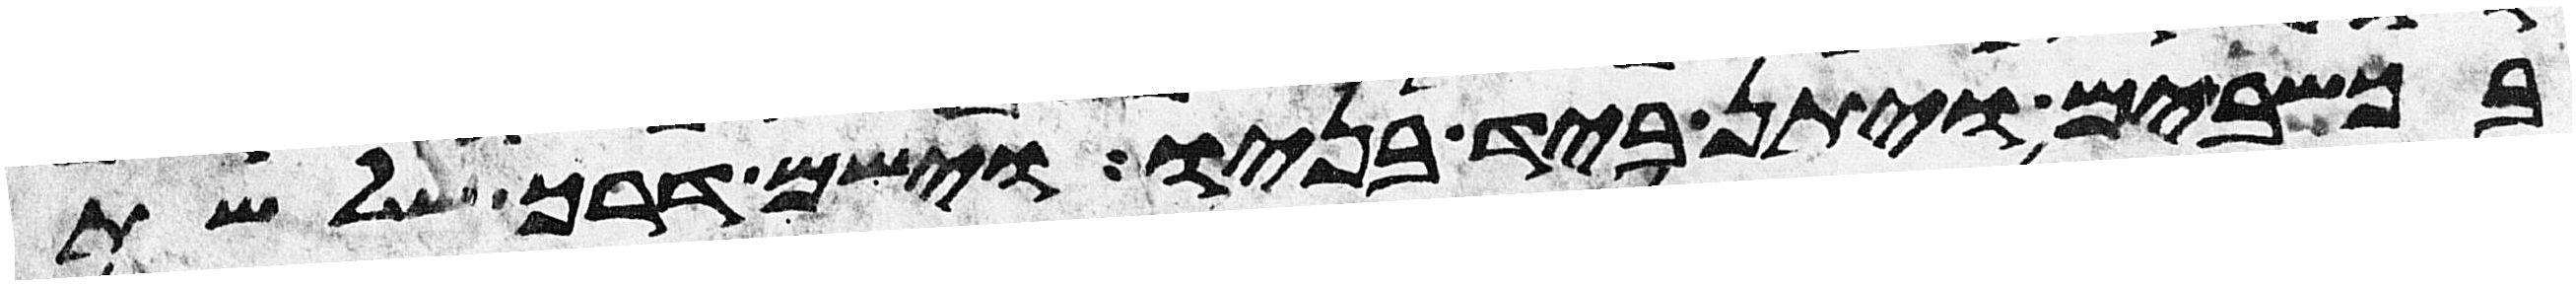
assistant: בכשבים ויתן ביד בניו וישם דרך שלשת